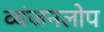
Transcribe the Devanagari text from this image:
व्यंजनलोप